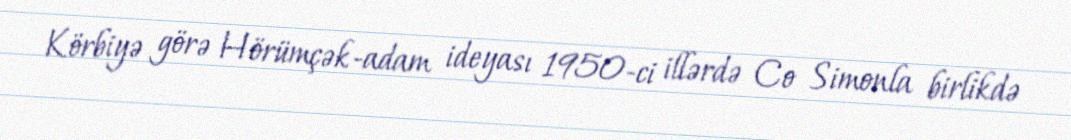
Körbiyə görə Hörümçək-adam ideyası 1950-ci illərdə Co Simonla birlikdə